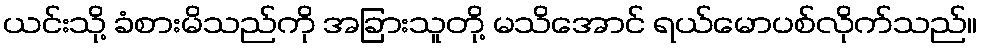
ယင်းသို့ ခံစားမိသည်ကို အခြားသူတို့ မသိအောင် ရယ်မောပစ်လိုက်သည်။